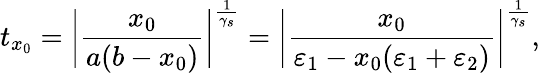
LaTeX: t_{x_{0}}=\bigg|\frac{x_{0}}{a(b-x_{0})}\bigg|^{\frac{1}{\gamma_{s}}}=\bigg|\frac{x_{0}}{\varepsilon_{1}-x_{0}(\varepsilon_{1}+\varepsilon_{2})}\bigg|^{\frac{1}{\gamma_{s}}},